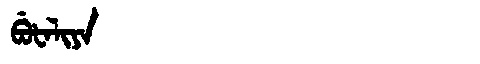
Manchu: ᠪᡠᡶᠠᠯᡳᠶᠠ
Romanization: BUFALIYA